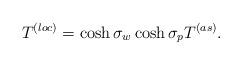
LaTeX: \begin{align*}T^{(loc)} = \cosh\sigma_w\cosh\sigma_p T^{(as)}.\end{align*}